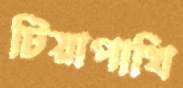
টিয়াপাখি